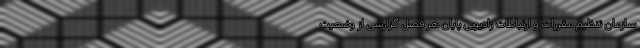
سازمان تنظیم مقررات و ارتباطات رادیویی پایان هر فصل گزارشی از وضعیت